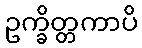
ဥက္ခိတ္တကာပိ